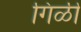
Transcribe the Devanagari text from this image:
गिळी